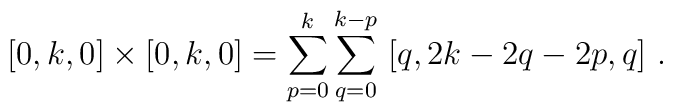
[0,k,0] \times [0,k,0] = \sum_{p = 0}^k \sum_{q=0}^{k-p} \ [q, 2k-2q-2p,q] \ .